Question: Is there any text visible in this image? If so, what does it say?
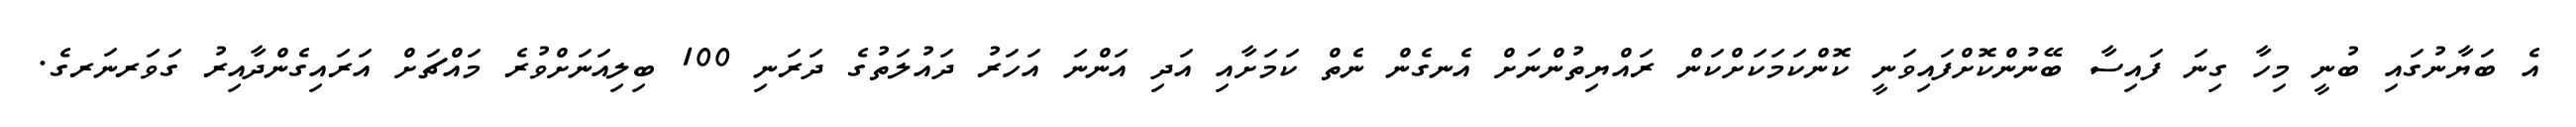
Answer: އެ ބަޔާނުގައި ބުނީ މިހާ ގިނަ ފައިސާ ބޭނުންކޮށްފައިވަނީ ކޮންކަމަކަށްކަން ރައްޔިތުންނަށް އެނގެން ނެތް ކަމަށާއި އަދި އަންނަ އަހަރު ދައުލަތުގެ ދަރަނި 100 ބިލިއަނަށްވުރެ މައްޗަށް އަރައިގެންދާއިރު ގަވަރނަރގެ.